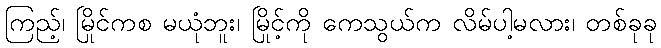
ကြည့်၊ မြိုင်ကစ မယုံဘူး၊ မြိုင့်ကို ကေသွယ်က လိမ်ပါ့မလား၊ တစ်ခုခု